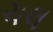
ચલ